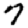
Digit: 7